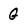
Character: G